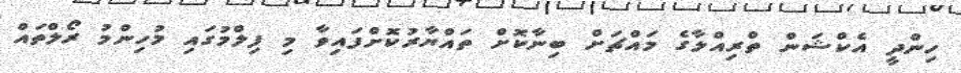
ހިންދީ އެކްޝަން ތްރިއްލާގެ މައްޗަށް ބިނާކޮށް ތައްޔާރުކޮށްފައިވާ މި ފިލްމުގައި މުހިންމު ރޯލްތައް